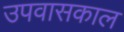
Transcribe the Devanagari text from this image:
उपवासकाल